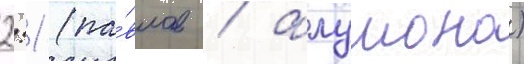
2:1 (па́влов / алумона)